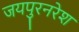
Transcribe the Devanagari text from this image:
जयपुरनरेश